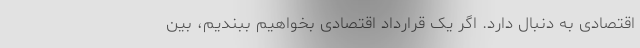
اقتصادی به دنبال دارد. اگر یک قرارداد اقتصادی بخواهیم ببندیم، بین